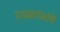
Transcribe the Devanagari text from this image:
प्रथमार्धमपि